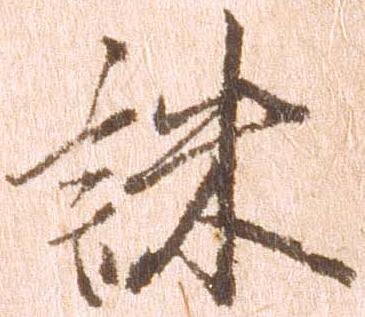
誅